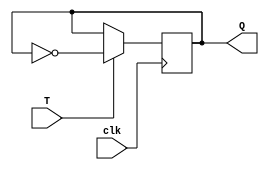
module T_FF (
    input wire T,
    input wire clk,
    output reg Q
);

always @(posedge clk) begin
    if (T) begin
        Q <= ~Q;
    end
end

endmodule